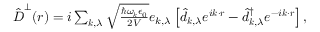
\begin{array} { r } { \hat { \boldsymbol D } ^ { \perp } ( \boldsymbol r ) = i \sum _ { \boldsymbol k , \lambda } \sqrt { \frac { \hbar \omega _ { \boldsymbol k } \epsilon _ { 0 } } { 2 V } } \boldsymbol e _ { k , \lambda } \left[ \hat { d } _ { \boldsymbol k , \lambda } e ^ { i \boldsymbol k \cdot \boldsymbol r } - \hat { d } _ { \boldsymbol k , \lambda } ^ { \dagger } e ^ { - i \boldsymbol k \cdot \boldsymbol r } \right] , } \end{array}